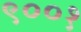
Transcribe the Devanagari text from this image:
९००१